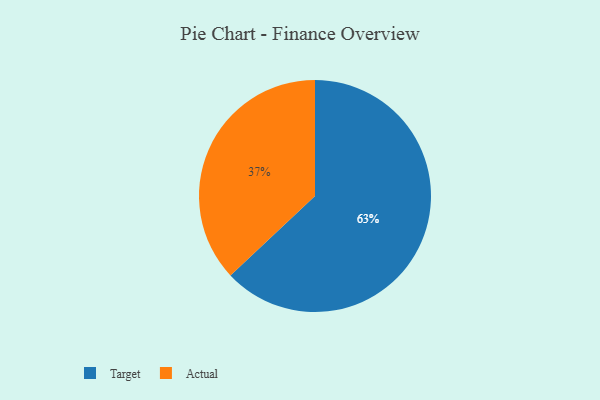
{"axis": {"x": "Category", "y": "Percentage"}, "legend": ["Actual", "Target"], "data": [{"x": "Target", "y": 63, "type": "Target"}, {"x": "Actual", "y": 37, "type": "Actual"}]}